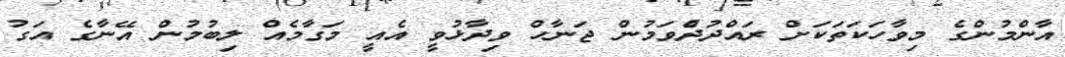
އާންމުންގެ މިވާހަކަތަކަށް ރައްދުދެްވަމުން ޖަނާހް ވިދާޅުވީ އެއީ މަގާމެއް ލިބުމުން އޭނާގެ އަގު